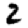
Digit: 2